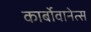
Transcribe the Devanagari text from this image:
कार्बोवानेत्स